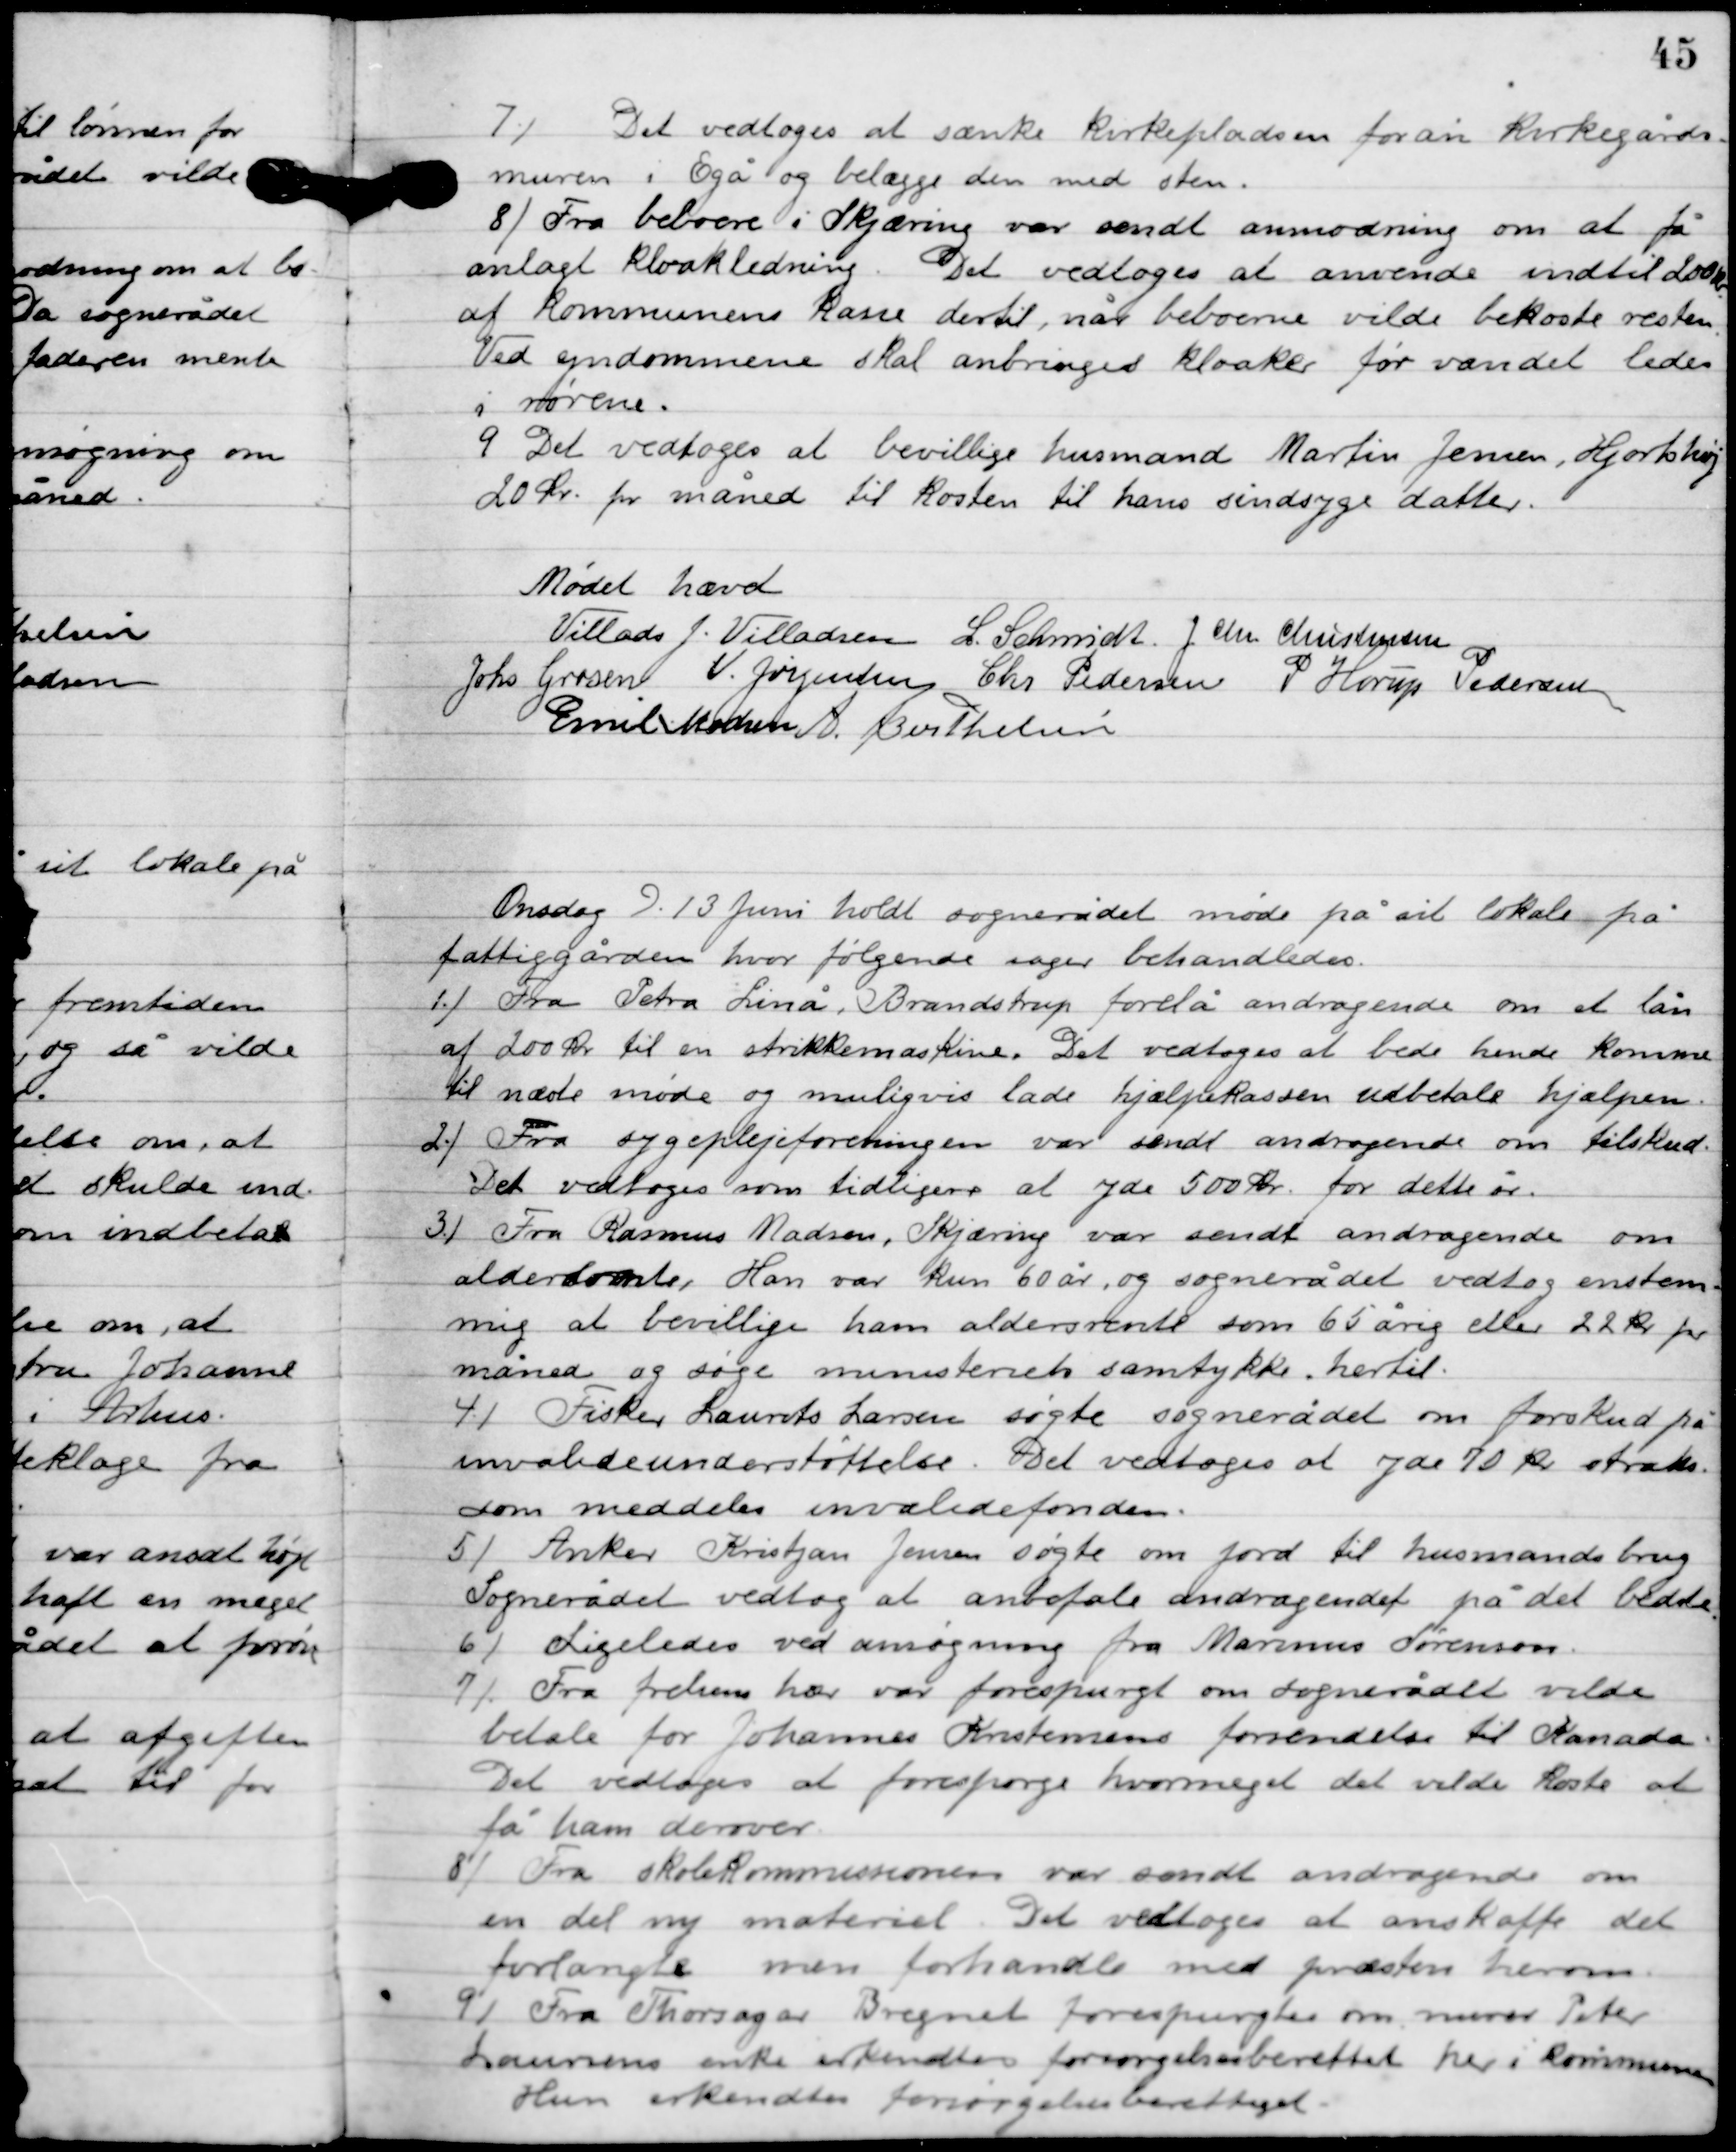
Transskription:
7

Det vedtoges at sænke kirkepladsen foran kirkegårds-
muren i Egå og belægge den med sten.

8

Fra beboere i Skjæring var sendt anmodning om at få
anlagt kloakledning. Det vedtoges at anvende indtil 200 kr.
af kommunens kasse dertil, når beboerne vilde bekoste resten.
Ved ejendommene skal anbringes kloaker før vandet ledes
i rørene.

9

Det vedtoges at bevilge husmand Martin Jensen, Hjortshøj
20 kr. pr. måned til kosten til hans sindssyge datter.

Mødet hævet

Villads J. Villadsen
L. Schmidt
J. Chr. Christensen
Johs. Grosen
V. Jørgensen
Chr. Pedersen
P. Horup Pedersen
Emil Madsen
A. Berthelsen

Onsdag D.13. Juni holdt sognerådet møde på sit lokale på
Fattiggården hvor følgende sager behandledes:

1

Fra Petra Linå, Brandstrup forelå andragende om et lån
af 200 kr. til en strikkemaskine. Det vedtoges at bede hende komme
til næste møde og muligvis lade hjælpekassen udbetale hjælpen.

2

Fra sygeplejeforeningen var sendt andragende om tilskud.
Det vedtoges som tidligere at yde 500 kr. for dette år.

3

Fra Rasmus Madsen, Skjæring var sendt andragende om
aldersrente, han var kun 60 år, og sognerådet vedtog enstem-
mig at bevilge ham aldersrente som 65 årig eller 22 kr. pr.
måned og søge ministeriets samtykke hertil.

4

Fisker Laurits Larsen søgte sognerådet om forskud på
invalideunderstøttelse. Det vedtoges at yde 70 kr. straks
som meddelelse invalidefonden.

5

Anker Kristjan Jensen søgte om jord til husmandsbrug.
Sognerådet vedtog at anbefale andragendet på det bedste.

6

Ligeledes ved ansøgning fra Marius Sørensen.

7

Fra frelsens hær var forespurgt om sognerådet vilde
betale for Johannes Kristensen forsendelse til Kanada.
Det vedtoges at forespørge hvor meget det vilde koste at
få ham derover.

8

Fra skolekommissionen var sendt andragende om
en del ny materiel. Det vedtoges at anskaffe det
forlangte men forhandle med præsten herom.

9

Fra Thorsager Bregnet forespurgtes om murer Peter
Laursens enke erkendtes forøgelsesberettiget her i kommunen.
Hun erkendes forsørgelsesberettiget.